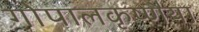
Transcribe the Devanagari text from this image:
गोपालकृष्णैया